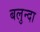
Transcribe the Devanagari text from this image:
बलुन्दा